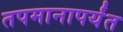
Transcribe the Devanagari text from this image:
तपमानापर्यंत